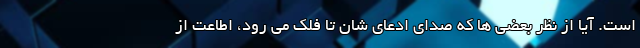
است. آیا از نظر بعضی ها که صدای ادعای شان تا فلک می رود، اطاعت از